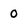
Character: 0